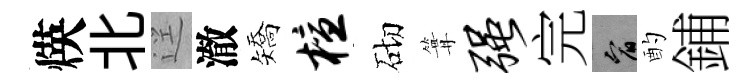
煐北逕澈矯檀砌篝强完宥酌鋪